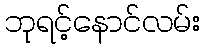
ဘုရင့်နောင်လမ်း